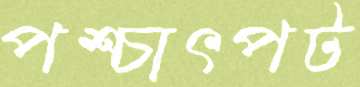
পশ্চাৎপট